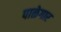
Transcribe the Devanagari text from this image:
पाळेगार